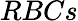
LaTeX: RBCs